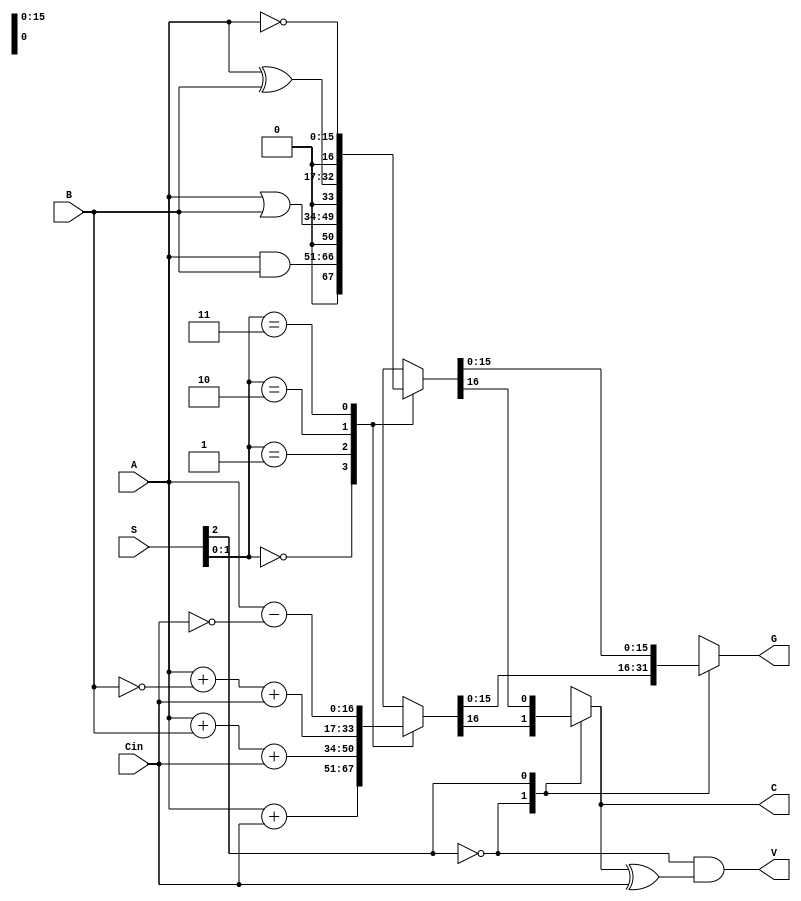
`timescale 1ns / 1ps
//////////////////////////////////////////////////////////////////////////////////
// Company: 
// Engineer: 
// 
// Design Name: 
// Module Name: homework2_alu
// Project Name: 
// Target Devices: 
// Tool Versions: 
// Description: 
// 
// Dependencies: 
// 
// Revision:
// Revision 0.01 - File Created
// Additional Comments:
// 
//////////////////////////////////////////////////////////////////////////////////
module homework2_alu (
    input      [15:0] A,
    input      [15:0] B,
    input      [2:0]  S, // {mode select, op select}
    input      Cin,      // carry in
    output reg C,        // carry flag
    output reg V,        // overflow flag
    output reg [15:0] G
    );
    
    always @(*) begin
        
        case (S[2]) // Mode select
        
            1'b0: // Arithmetic operations

                case (S[1:0]) // Operation select
                    2'b00: // Cin = 0 => Transfer A, Cin = 1 => A + 1, simply just add A + Cin
                        {C, G} = {1'b0, A} + {15'b0, Cin};
                    2'b01: // Cin = 0 => A + B, Cin = 1 => A + B + 1, simply add A + B + Cin 
                        {C, G} = {1'b0, A} + {1'b0, B} + {15'b0, Cin};
                    2'b10: // Cin = 0 => A + !B, Cin = 1 => A + !B + 1, simply add A + !B + Cin
                        {C, G} = {1'b0, A} + {1'b0, ~B} + {15'b0, Cin};
                    2'b11: // Cin = 0 => A - 1, Cin = 1 => Transfer A, simply subtract A - !Cin
                        {C, G} = {1'b0, A} - {15'b0, ~Cin};
                    default: // shouldn't get here 
                        {C, G} = 17'bx_xxxx_xxxx_xxxx_xxxx;
                endcase 
                
            1'b1: // Logic operations
            
                case (S[1:0]) // Operation select
                    2'b00: // And 
                        {C, G} = {1'b0, A & B};
                    2'b01: // Or
                        {C, G} = {1'b0, A | B};
                    2'b10: // Xor 
                        {C, G} = {1'b0, A ^ B};
                    2'b11: // Not A 
                        {C, G} = {1'b0, ~A};
                    default: // shouldn't get here 
                        {C, G} = 17'bx_xxxx_xxxx_xxxx_xxxx;
                endcase
            
        endcase // Mode select

        V <= ~S[2] & (C ^ Cin); // V flag depends only on arithmetic operations (S[2] is 0)
    
    end // always @(*)
    
endmodule // homework2_alu